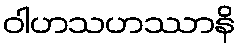
ဝါဟသဟဿာနိ